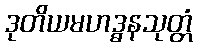
ဒုတိယမဟဒ္ဓနသုတ္တံ